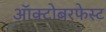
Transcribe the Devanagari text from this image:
ऑक्टोबरफेस्ट